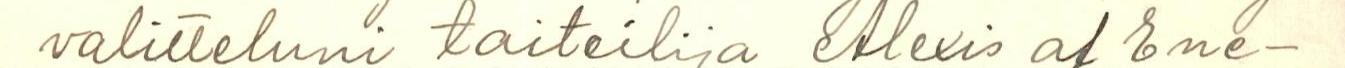
valitteluni taiteilija Alexis af Ene-